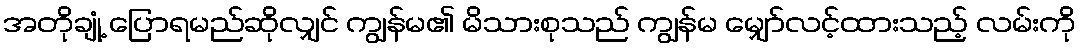
အတိုချုံ့ ပြောရမည်ဆိုလျှင် ကျွန်မ၏ မိသားစုသည် ကျွန်မ မျှော်လင့်ထားသည့် လမ်းကို